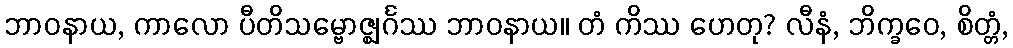
ဘာဝနာယ, ကာလော ပီတိသမ္ဗောဇ္ဈင်္ဂဿ ဘာဝနာယ။ တံ ကိဿ ဟေတု? လီနံ, ဘိက္ခဝေ, စိတ္တံ,